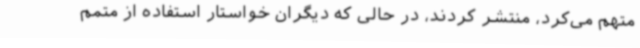
متهم می‌کرد، منتشر کردند، در حالی که دیگران خواستار استفاده از متمم